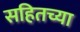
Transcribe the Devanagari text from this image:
सहितच्या